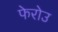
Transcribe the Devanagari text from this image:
फेरोउ